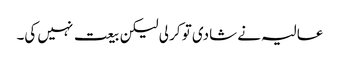
عالیہ نے شادی تو کر لی لیکن بیعت نہیں کی۔